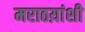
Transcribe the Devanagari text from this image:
मराठय़ांशी